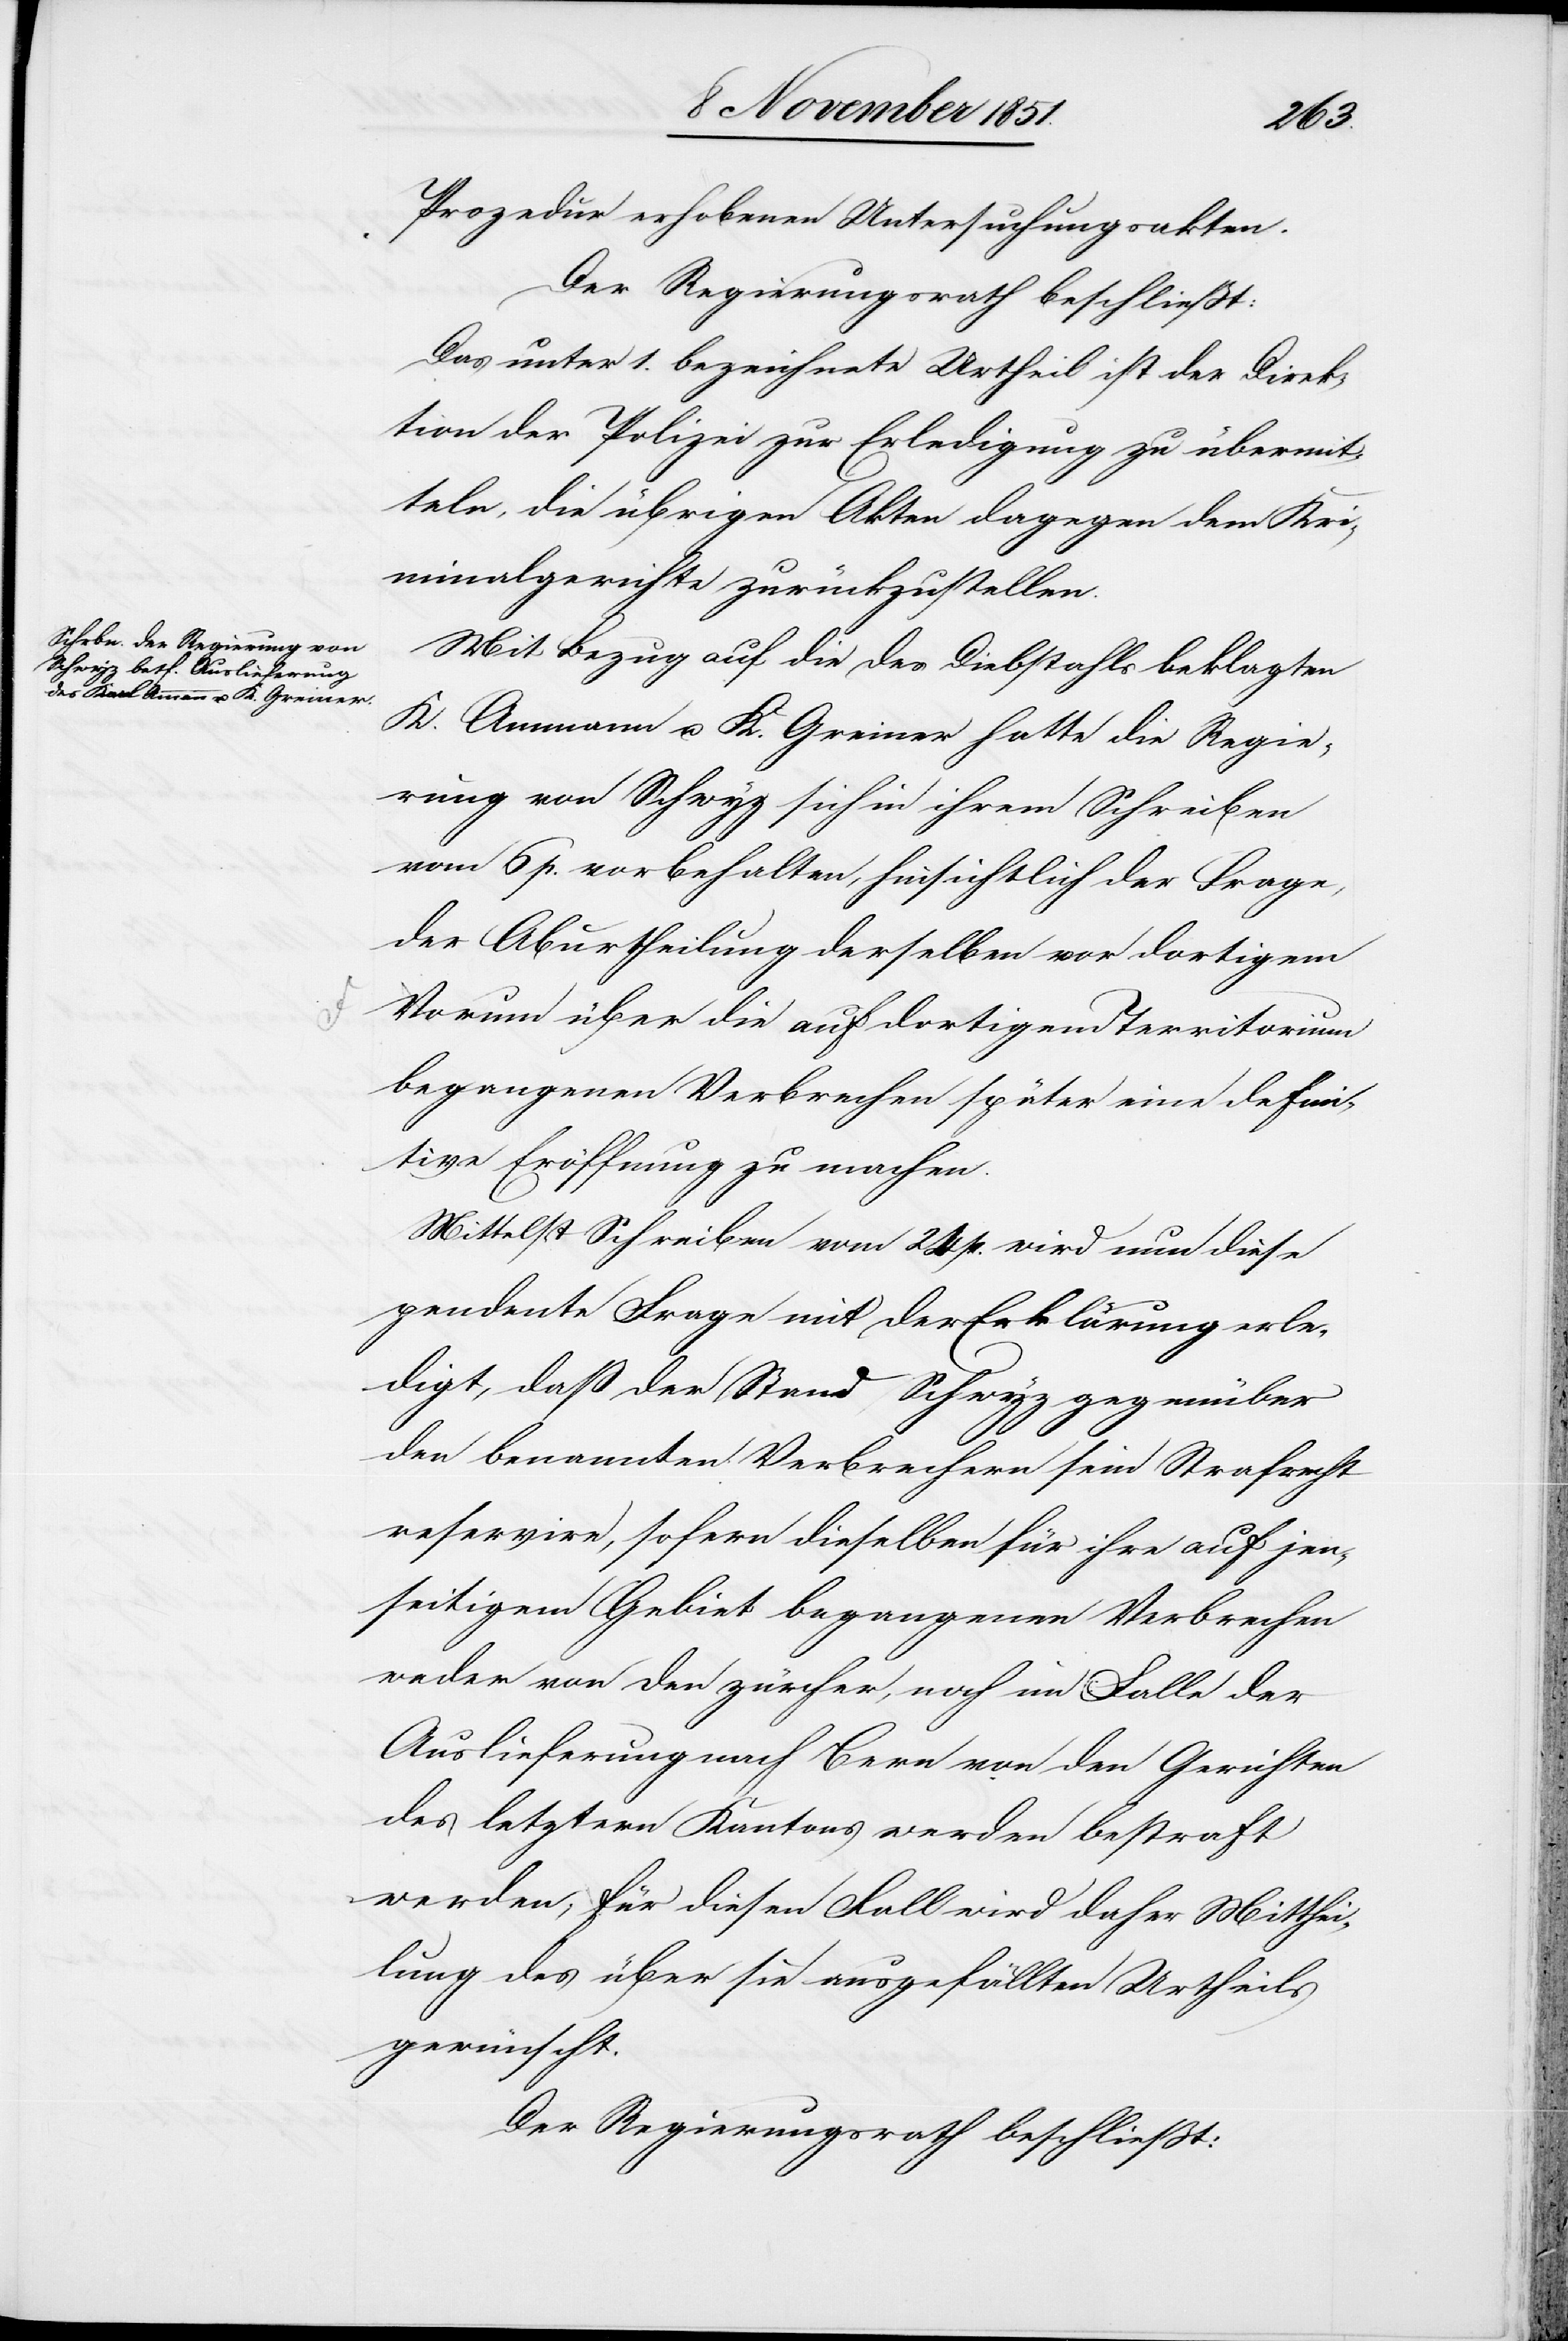
Prozedur erhobenen Untersuchungsakten.
Der Regierungsrath beschließt:
Das unter 1. bezeichnete Urtheil ist der Direk¬
tion der Polizei zur Erledigung zu übermit¬
teln, die übrigen Akten dagegen dem Kri¬
minalgerichte zurückzustellen.
Mit Bezug auf die des Diebstahls beklagten
K. Ammann u. K. Greiner hatte die Regie¬
rung von Schwyz sich in ihrem Schreiben
vom 6 p. vorbehalten, hinsichtlich der Frage,
der Aburtheilung derselben vor dortigem
[sic!] über die auf dortigem Territorium
begangenen Verbrechen später eine defini¬
tive Eröffnung zu machen.
Mittelst Schreiben vom 24 p. wird nun diese
pendente Frage mit der Erklärung erle¬
digt, daß der Stand Schwyz gegenüber
den benannten Verbrechern sein Strafrecht
reservire, sofern dieselben für ihre auf jen¬
seitigem Gebiet begangenen Verbrechen
weder von den zürcher, noch im Falle der
Auslieferung nach Bern von den Gerichten
des letztern Kantons werden bestraft
werden; für diesen Fall wird daher Mitthei¬
lung des über sie ausgefällten Urtheils
gewünscht.
Der Regierungsrath beschließt: